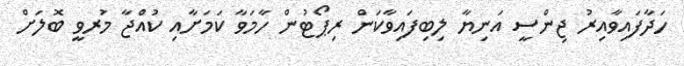
ހަދާފައިވާއިރު ޖިންސީ އަނިޔާ ލިބިފައިވާކަން ރިޕޯޓުން ހާމަވާ ކަމަށާއި ކުއްޖާ މަުރވީ ބޮލަށް